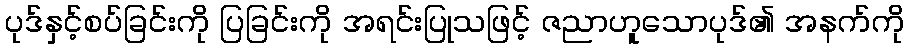
ပုဒ်နှင့်စပ်ခြင်းကို ပြခြင်းကို အရင်းပြုသဖြင့် ဇညာဟူသောပုဒ်၏ အနက်ကို